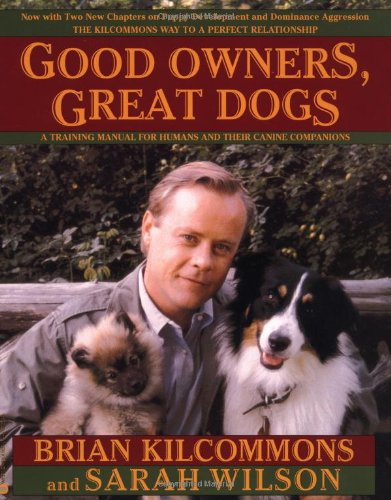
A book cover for Good Owners, Great Dogs; Brian Kilcommons; Crafts, Hobbies & Home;